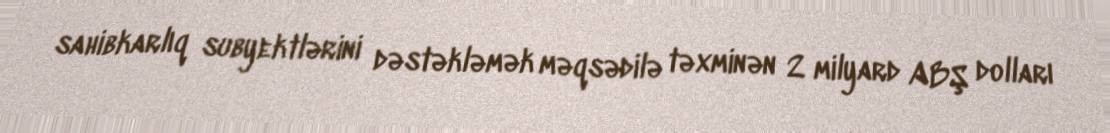
sahibkarlıq subyektlərini dəstəkləmək məqsədilə təxminən 2 milyard ABŞ dolları